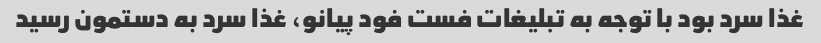
غذا سرد بود با توجه به تبلیغات فست فود پیانو، غذا سرد به دستمون رسید